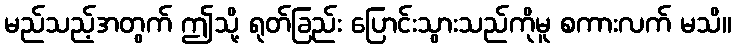
မည်သည့်အတွက် ဤသို့ ရုတ်ခြည်း ပြောင်းသွားသည်ကိုမူ စကားလက် မသိ။